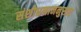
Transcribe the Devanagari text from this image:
संशोधनाननुसार